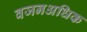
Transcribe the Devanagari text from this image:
वजनअधिक